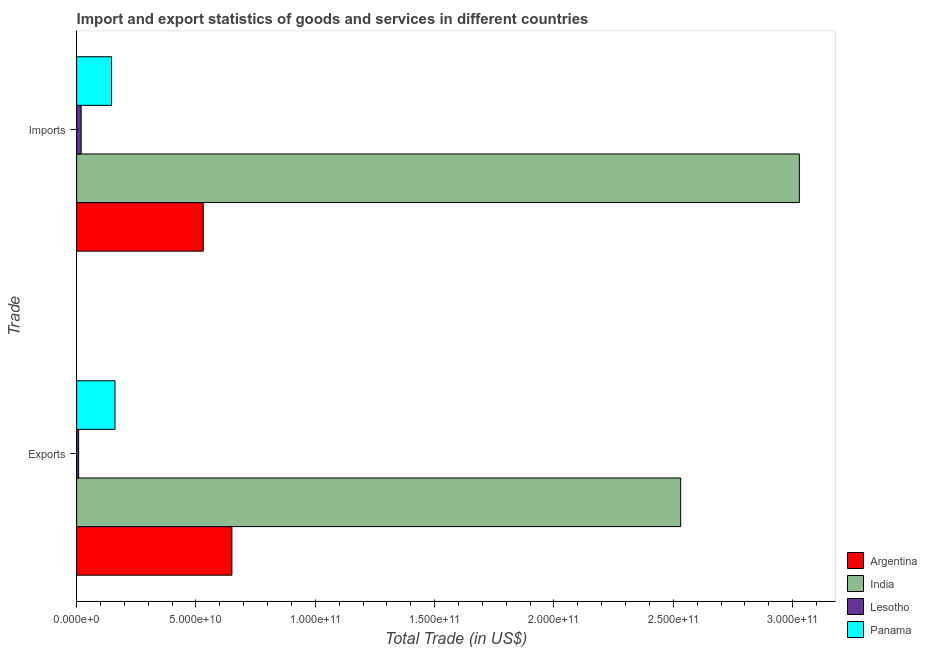
| Trade | Argentina | India | Lesotho | Panama |
 | --- | --- | --- | --- | --- |
 | Exports | 6.5e+10 | 2.53e+11 | 8.32e+08 | 1.61e+10 |
 | Imports | 5.3e+10 | 3.03e+11 | 1.89e+09 | 1.46e+10 |